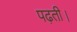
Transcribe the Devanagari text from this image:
पढ़ती।